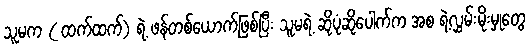
သူမက ( ထက်ထက်) ရဲ့ ဖန်တစ်ယောက်ဖြစ်ပြီး သူမရဲ့ ဆိုပုံဆိုပေါက်က အစ ရဲ့လွှမ်းမိုးမှုတွေ